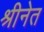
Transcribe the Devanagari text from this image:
श्रीनेत